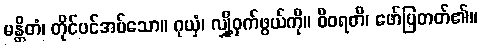
မန္တိတံ၊ တိုင်ပင်အပ်သော။ ဂုယှံ၊ လျှို့ဝှက်ဖွယ်ကို။ ဝိဝရတိ၊ ဖော်ပြတတ်၏။